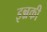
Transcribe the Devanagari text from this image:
इन्नकी